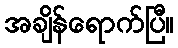
အချိန်ရောက်ပြီ။